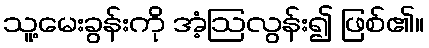
သူ့မေးခွန်းကို အံ့ဩလွန်း၍ ဖြစ်၏။